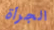
الجرأة